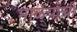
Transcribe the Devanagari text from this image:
माळ्यांची